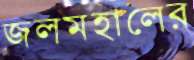
জলমহালের